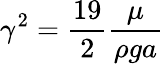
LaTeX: \gamma^{2}=\frac{19}{2}\frac{\mu}{\rho ga}